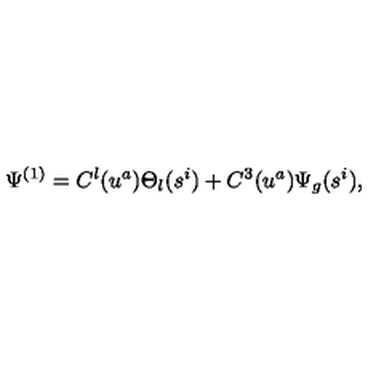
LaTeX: \Psi ^ { ( 1 ) } = C ^ { l } ( u ^ { a } ) \Theta _ { l } ( s ^ { i } ) + C ^ { 3 } ( u ^ { a } ) \Psi _ { g } ( s ^ { i } ) ,